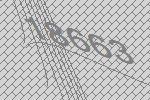
18663